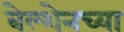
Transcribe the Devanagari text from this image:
बेल्शेनच्या